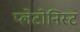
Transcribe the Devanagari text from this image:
प्लेटोनिस्ट